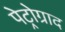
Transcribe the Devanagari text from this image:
पेट्रोग्राद